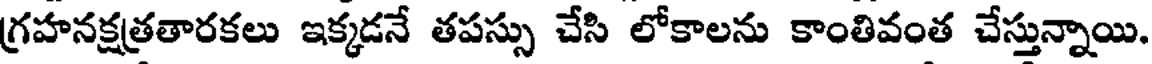
గ్రహనక్షత్రతారకలు ఇక్కడనే తపస్సు చేసి లోకాలను కాంతివంత చేస్తున్నాయి.